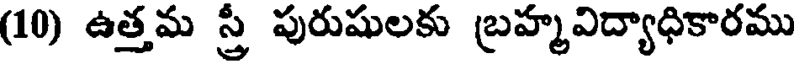
(10) ఉత్తమ స్త్రీ పురుషులకు బ్రహ్మవిద్యాధికారము